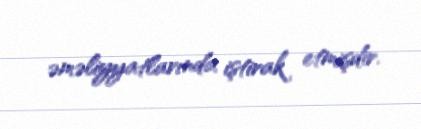
əməliyyatlarında iştirak etmişdir.